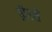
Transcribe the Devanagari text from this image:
तीरसे